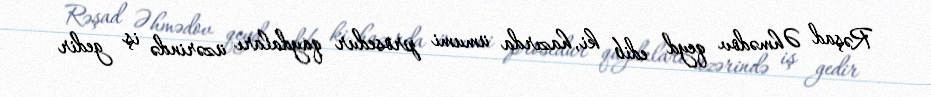
Rəşad Əhmədov qeyd edib ki, hazırda ümumi prosedur qaydaları üzərində iş gedir